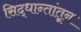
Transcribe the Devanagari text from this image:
सिद्धान्तांतून